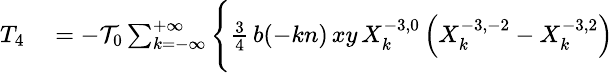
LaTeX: \small\begin{array}{rl}{T_{4}}&{{}=-{\cal T}_{0}\sum_{k=-\infty}^{+\infty}\Bigg\{ \frac{3}{4}\, b(-kn)\, xy\, X_{k}^{-3,0}\left(X_{k}^{-3,-2}-X_{k}^{-3,2}\right)}\end{array}